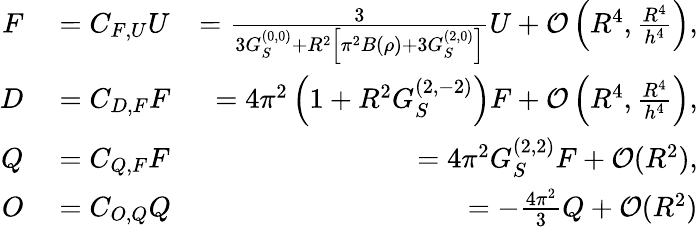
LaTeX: \begin{array}{rlr}{F}&{{}=C_{F,U}U}&{=\frac{3}{3G_{S}^{(0,0)}+R^{2}\left[\pi^{2}B(\rho)+3G_{S}^{(2,0)}\right]}U+\mathcal{O}\left(R^{4},\frac{R^{4}}{h^{4}}\right),}\\ {D}&{{}=C_{D,F}F}&{=4\pi^{2}\left(1+R^{2}G_{S}^{(2,-2)}\right)F+\mathcal{O}\left(R^{4},\frac{R^{4}}{h^{4}}\right),}\\ {Q}&{{}=C_{Q,F}F}&{=4\pi^{2}G_{S}^{(2,2)}F+\mathcal{O}(R^{2}),}\\ {O}&{{}=C_{O,Q}Q}&{=-\frac{4\pi^{2}}{3}Q+\mathcal{O}(R^{2})}\end{array}